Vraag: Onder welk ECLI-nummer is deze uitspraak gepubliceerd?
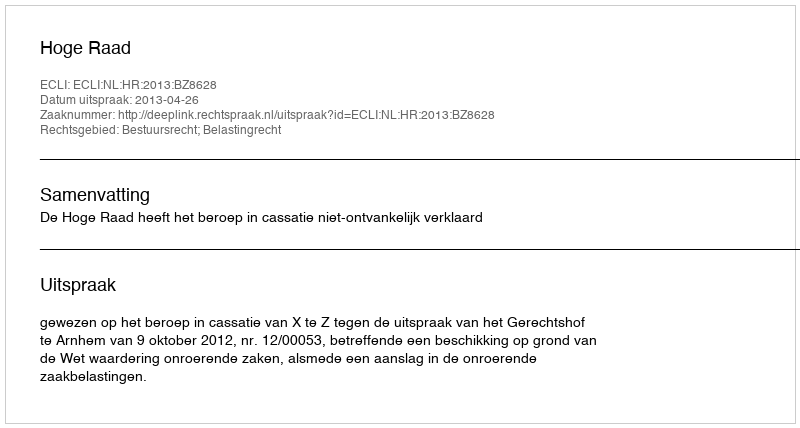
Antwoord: ECLI:NL:HR:2013:BZ8628